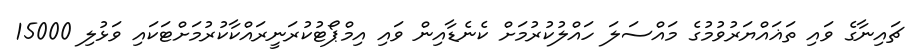
ޗައިނާގެ ވައި ތަޣައްޔަރުވުމުގެ މައްސަލަ ހައްލުކުރުމަށް ކެނެޑާއިން ވައި އިމްޕޯޓުކުރަނީރައްކާކުރުމަށްޓަކައި ވަޅުލި 15000